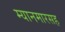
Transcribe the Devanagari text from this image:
म्यानमारसह